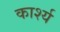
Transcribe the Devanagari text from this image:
कार्श्य